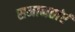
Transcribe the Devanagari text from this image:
समानतांएं